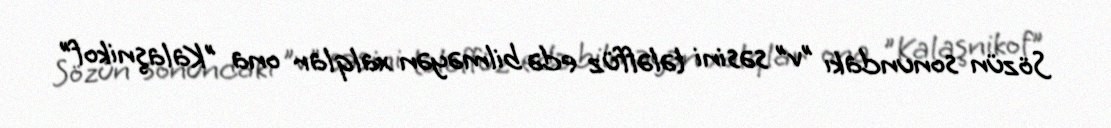
Sözün sonundakı "v" səsini tələffüz edə bilməyən xalqlar ona "Kalaşnikof"